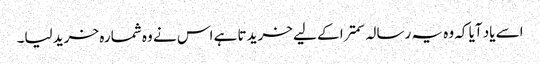
اسے یاد آیا کہ وہ یہ رسالہ سمترا کے لیے خریدتا ہے اس نے وہ شمارہ خرید لیا۔